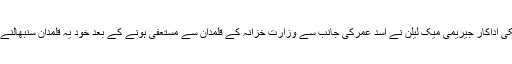
تفصیلات کے مطابق امریکی اداکار جیریمی میک لیلن نے اسد عمرکی جانب سے وزارت خزانہ کے قلمدان سے مستعفی ہونے کے بعد خود یہ قلمدان سنبھالنے کی خواہش کا اظہارکردیا۔